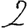
Digit: 2